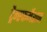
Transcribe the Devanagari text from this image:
ट्रैन्स्फर्मेशन